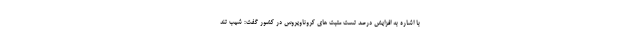
با اشاره به افزایش درصد تست مثبت های کروناویروس در کشور گفت: شیب تند